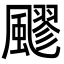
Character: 飂